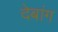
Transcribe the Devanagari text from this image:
देबांग